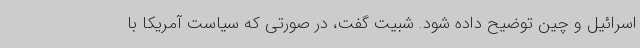
اسرائیل و چین توضیح داده شود. شبیت گفت، در صورتی که سیاست آمریکا با